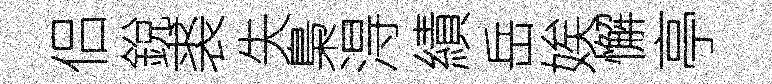
侣銳裘失梟淂績岳娭懈亭